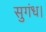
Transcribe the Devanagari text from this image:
सुगंध।